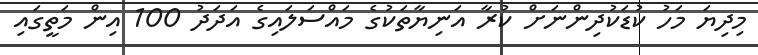
މިދިޔަ މަހު ކުޑަކުދިންނަށް ކުރާ އަނިޔާތަކުގެ މައްސަލައިގެ އަދަދު 100 އިން މަތީގައި